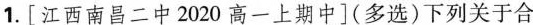
1.[江西南昌二中2020高一上期中](多选)下列关于合